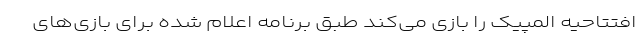
افتتاحیه المپیک را بازی می‌کند طبق برنامه اعلام شده برای بازی‌های